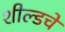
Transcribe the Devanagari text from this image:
शील्डचे